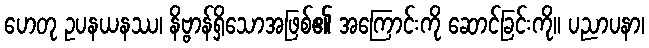
ဟေတု ဥပနယနဿ၊ နိဗ္ဗာန်ရှိသောအဖြစ်၏ အကြောင်းကို ဆောင်ခြင်းကို။ ပညာပနာ၊